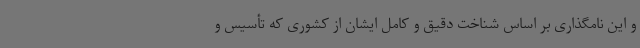
و این نامگذاری بر اساس شناخت دقیق و کامل ایشان از کشوری که تأسیس و